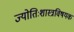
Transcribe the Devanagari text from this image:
ज्योतिःशास्त्रविषयक